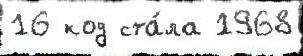
16 код ста́ла 1968